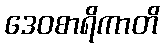
ဒေဝစာရိကာတိ